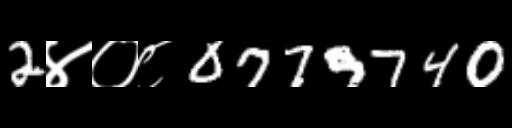
Text: 2४०८0779740